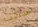
ستيت